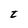
Character: t